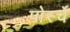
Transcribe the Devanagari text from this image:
पोर्स्चे